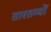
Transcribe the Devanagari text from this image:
तारतम्यों